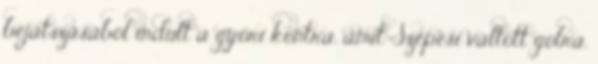
bejátszásából indult a győri kontra, amit Szepesi váltott gólra.